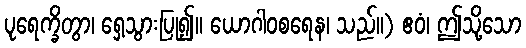
ပုရေက္ခိတွာ၊ ရှေ့သွားပြု၍။ ယောဂါဝစရေန၊ သည်။) ဧဝံ၊ ဤသို့သော